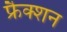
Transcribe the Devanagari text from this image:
फ्रैक्शन